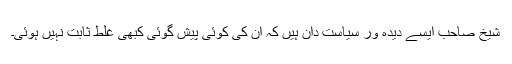
شیخ صاحب ایسے دیدہ ور سیاست دان ہیں کہ ان کی کوئی پیش گوئی کبھی غلط ثابت نہیں ہوئی۔